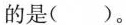
的是（）。